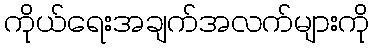
ကိုယ်ရေးအချက်အလက်များကို